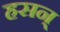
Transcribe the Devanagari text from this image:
हसन्